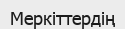
Меркіттердің